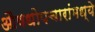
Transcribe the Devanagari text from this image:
औषधोपचारांमध्ये